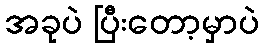
အခုပဲ ပြီးတော့မှာပဲ